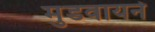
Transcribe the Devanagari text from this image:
मुडवायने